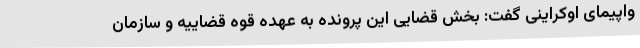
واپیمای اوکراینی گفت: بخش قضایی این پرونده به عهده قوه قضاییه و سازمان